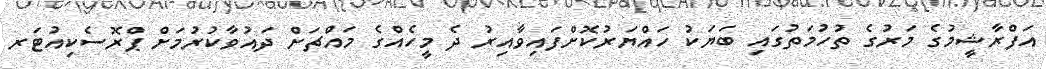
އަފްރާޝީމުގެ މަރުގެ ތުހުމަތުގައި ބަޔަކު ހައްޔަރުކޮށްފައިވާއިރު ދެ މީހެއްގެ މައްޗަށް ދައުވާކުރުމަށް ޕްރޮސެކިއުޓަރ